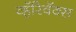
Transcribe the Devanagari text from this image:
व्हॅरिवॅक्स